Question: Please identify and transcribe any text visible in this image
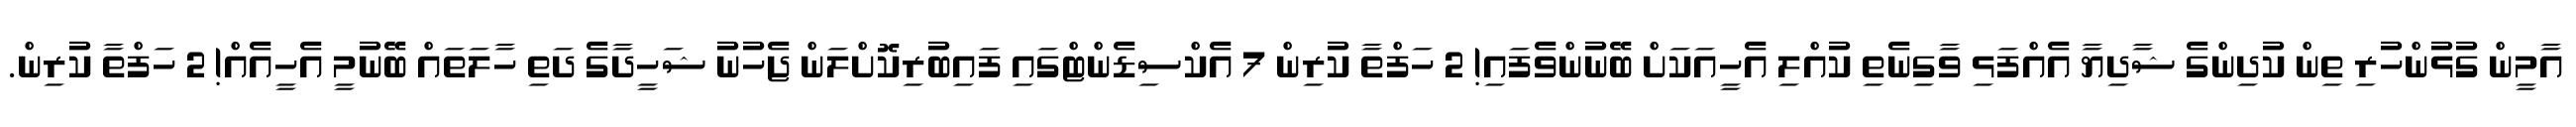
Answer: އާމީން ގުޅުންހުރި ތިން ކުދިންގެ ޝާދިޔާ އެއްފަޅި ވާގިނެތި ކުއްލި އެހީއަކަށް ބޭނުންވެފައި! 2 ހަފްތާ ކުރިން 7 އެކްސިޑެންޓްގައި ފައިބުރިކޮށްލަން ޖެހުނު ޝަހީދާގެ ދަތި ހާލަތައް ބޭނުމީ އެހީއެއް! 2 ހަފްތާ ކުރިން.